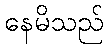
နေမိသည်